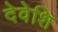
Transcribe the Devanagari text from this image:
देवेशि